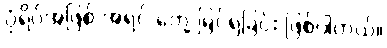
ပုံရိပ်အဖြစ် အရင် တွေ့ မြင်ရခြင်း ဖြစ်ပါတယ်။